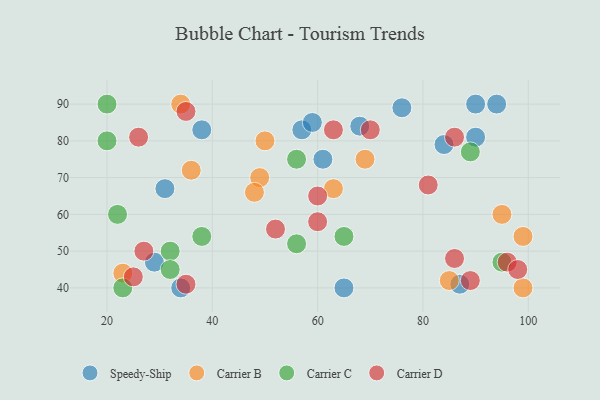
{"axis": {"x": "GDP", "y": "Life Expectancy"}, "legend": ["Carrier B", "Carrier C", "Carrier D", "Speedy-Ship"], "data": [{"x": "57", "y": 83, "type": "Speedy-Ship"}, {"x": "61", "y": 75, "type": "Speedy-Ship"}, {"x": "90", "y": 81, "type": "Speedy-Ship"}, {"x": "84", "y": 79, "type": "Speedy-Ship"}, {"x": "76", "y": 89, "type": "Speedy-Ship"}, {"x": "38", "y": 83, "type": "Speedy-Ship"}, {"x": "68", "y": 84, "type": "Speedy-Ship"}, {"x": "29", "y": 47, "type": "Speedy-Ship"}, {"x": "31", "y": 67, "type": "Speedy-Ship"}, {"x": "87", "y": 41, "type": "Speedy-Ship"}, {"x": "34", "y": 40, "type": "Speedy-Ship"}, {"x": "94", "y": 90, "type": "Speedy-Ship"}, {"x": "59", "y": 85, "type": "Speedy-Ship"}, {"x": "65", "y": 40, "type": "Speedy-Ship"}, {"x": "90", "y": 90, "type": "Speedy-Ship"}, {"x": "69", "y": 75, "type": "Carrier B"}, {"x": "36", "y": 72, "type": "Carrier B"}, {"x": "49", "y": 70, "type": "Carrier B"}, {"x": "23", "y": 44, "type": "Carrier B"}, {"x": "34", "y": 90, "type": "Carrier B"}, {"x": "48", "y": 66, "type": "Carrier B"}, {"x": "99", "y": 54, "type": "Carrier B"}, {"x": "85", "y": 42, "type": "Carrier B"}, {"x": "95", "y": 60, "type": "Carrier B"}, {"x": "63", "y": 67, "type": "Carrier B"}, {"x": "99", "y": 40, "type": "Carrier B"}, {"x": "50", "y": 80, "type": "Carrier B"}, {"x": "22", "y": 60, "type": "Carrier C"}, {"x": "23", "y": 40, "type": "Carrier C"}, {"x": "89", "y": 77, "type": "Carrier C"}, {"x": "32", "y": 50, "type": "Carrier C"}, {"x": "56", "y": 75, "type": "Carrier C"}, {"x": "56", "y": 52, "type": "Carrier C"}, {"x": "32", "y": 45, "type": "Carrier C"}, {"x": "20", "y": 90, "type": "Carrier C"}, {"x": "95", "y": 47, "type": "Carrier C"}, {"x": "38", "y": 54, "type": "Carrier C"}, {"x": "65", "y": 54, "type": "Carrier C"}, {"x": "20", "y": 80, "type": "Carrier C"}, {"x": "60", "y": 58, "type": "Carrier D"}, {"x": "35", "y": 88, "type": "Carrier D"}, {"x": "96", "y": 47, "type": "Carrier D"}, {"x": "63", "y": 83, "type": "Carrier D"}, {"x": "86", "y": 81, "type": "Carrier D"}, {"x": "89", "y": 42, "type": "Carrier D"}, {"x": "60", "y": 65, "type": "Carrier D"}, {"x": "70", "y": 83, "type": "Carrier D"}, {"x": "26", "y": 81, "type": "Carrier D"}, {"x": "98", "y": 45, "type": "Carrier D"}, {"x": "81", "y": 68, "type": "Carrier D"}, {"x": "27", "y": 50, "type": "Carrier D"}, {"x": "52", "y": 56, "type": "Carrier D"}, {"x": "86", "y": 48, "type": "Carrier D"}, {"x": "35", "y": 41, "type": "Carrier D"}, {"x": "25", "y": 43, "type": "Carrier D"}]}